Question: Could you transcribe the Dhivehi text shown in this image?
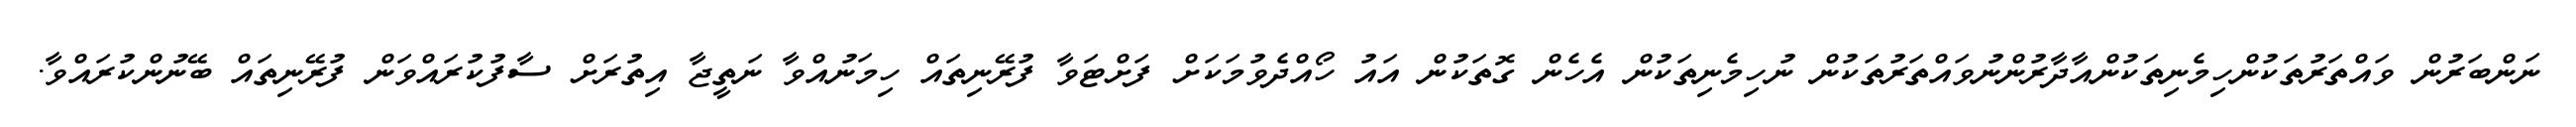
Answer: ނަންބަރުން ވައްތަރުތަކުންހިމެނިތަކުންއާދާރުންނުވައްތަރުތަކުން ނުހިމެނިތަކުން އެހެން ގޮތަކުން އައު ހޯއްދެވުމަކަށް ފަށްޓަވާ ފުރޭނިތައް ހިމަނުއްވާ ނަތީޖާ އިތުރަށް ސާފުކުރައްވަން ފުރޭނިތައް ބޭނުންކުރައްވާ.